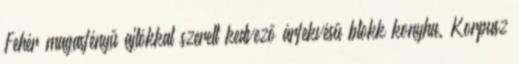
Fehér magasfényű ajtókkal szerelt kedvező árfekvésű blokk konyha. Korpusz